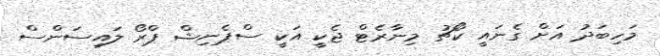
މަހިބަދު އަށް ގެނައީ ކޯޗު މިނާރެޓް ޖެކީ އަކީ ސްޕެނިޝް ޕްރޯ ލައިސަންސް